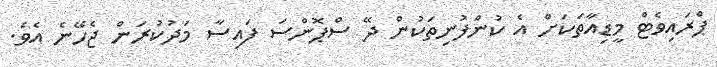
ޕްރައިވެޓް މީޑިއާތަކަށް އެ ކުންފުނިތަކުން ދޭ ސްޕޮންސަ ފައިސާ މަދުކުރަން ޖެހޭނެ އެވެ.